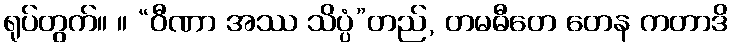
ရုပ်တွက်။ ။ “ဝီဏာ အဿ သိပ္ပံ”တည်, တမဓီတေ တေန ကတာဒိ